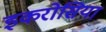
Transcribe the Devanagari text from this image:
इकरोसिया